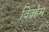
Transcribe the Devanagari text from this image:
विक्हैम